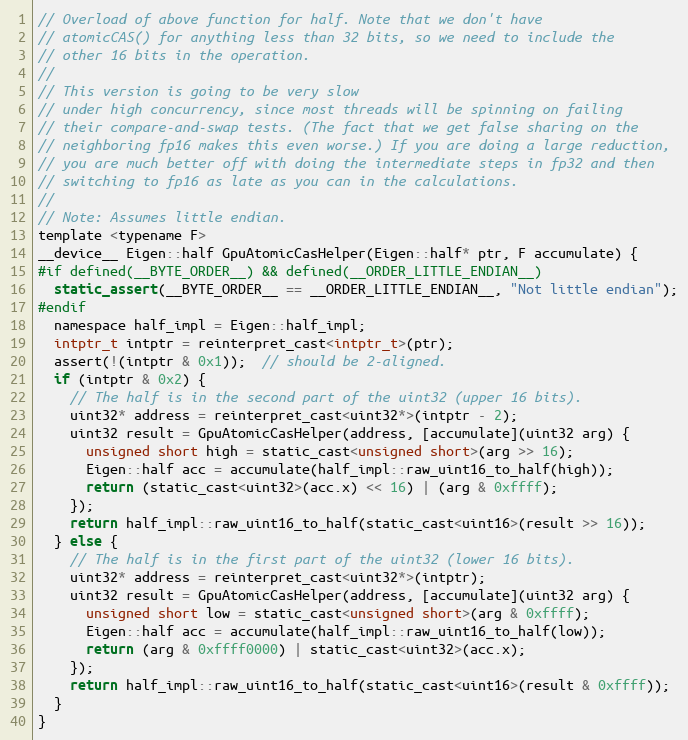
Language: C
// Overload of above function for half. Note that we don't have
// atomicCAS() for anything less than 32 bits, so we need to include the
// other 16 bits in the operation.
//
// This version is going to be very slow
// under high concurrency, since most threads will be spinning on failing
// their compare-and-swap tests. (The fact that we get false sharing on the
// neighboring fp16 makes this even worse.) If you are doing a large reduction,
// you are much better off with doing the intermediate steps in fp32 and then
// switching to fp16 as late as you can in the calculations.
//
// Note: Assumes little endian.
template <typename F>
__device__ Eigen::half GpuAtomicCasHelper(Eigen::half* ptr, F accumulate) {
#if defined(__BYTE_ORDER__) && defined(__ORDER_LITTLE_ENDIAN__)
  static_assert(__BYTE_ORDER__ == __ORDER_LITTLE_ENDIAN__, "Not little endian");
#endif
  namespace half_impl = Eigen::half_impl;
  intptr_t intptr = reinterpret_cast<intptr_t>(ptr);
  assert(!(intptr & 0x1));  // should be 2-aligned.
  if (intptr & 0x2) {
    // The half is in the second part of the uint32 (upper 16 bits).
    uint32* address = reinterpret_cast<uint32*>(intptr - 2);
    uint32 result = GpuAtomicCasHelper(address, [accumulate](uint32 arg) {
      unsigned short high = static_cast<unsigned short>(arg >> 16);
      Eigen::half acc = accumulate(half_impl::raw_uint16_to_half(high));
      return (static_cast<uint32>(acc.x) << 16) | (arg & 0xffff);
    });
    return half_impl::raw_uint16_to_half(static_cast<uint16>(result >> 16));
  } else {
    // The half is in the first part of the uint32 (lower 16 bits).
    uint32* address = reinterpret_cast<uint32*>(intptr);
    uint32 result = GpuAtomicCasHelper(address, [accumulate](uint32 arg) {
      unsigned short low = static_cast<unsigned short>(arg & 0xffff);
      Eigen::half acc = accumulate(half_impl::raw_uint16_to_half(low));
      return (arg & 0xffff0000) | static_cast<uint32>(acc.x);
    });
    return half_impl::raw_uint16_to_half(static_cast<uint16>(result & 0xffff));
  }
}